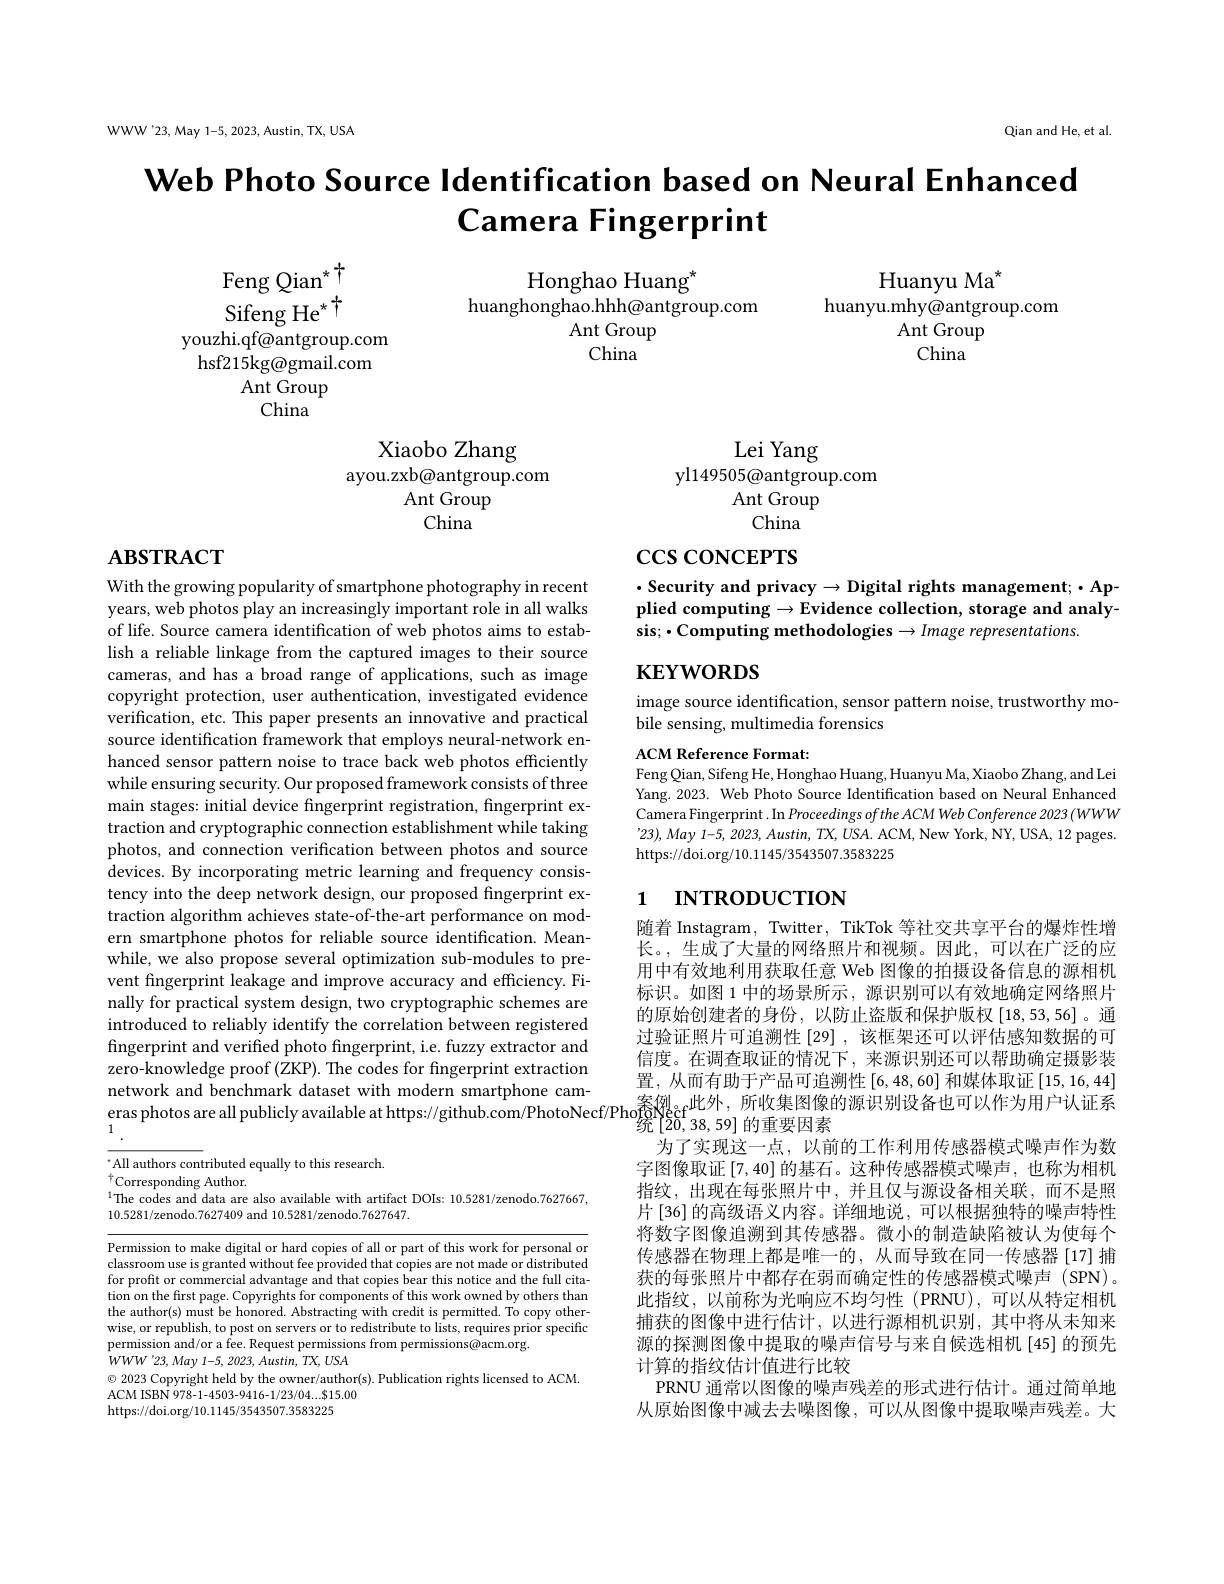
WWW'23, May 1-5, 2023, Austin, TX, USA

Qian and He, et al.

# Web Photo Source Identification based on Neural Enhanced Camera Fingerprint

Honghao Huang"
huanghonghao.hhh@antgroup.com
Ant Group
China

Huanyu Ma$^{*}$
huanyu.mhy@antgroup.com
Ant Group
China

Feng Qian$^*$ $SifengHe^{*}$
youzhi.qf@antgroup.com
hsf215kg@gmail.com
$\operatorname{Ant}$Group
China

Xiaobo Zhang
ayou.zxb@antgroup.com
Ant Group
China

Lei Yang
yl149505@antgroup.com
Ant Group
China

# $\mathbf{ABSTRACT}$

$\csc\cos$coNCEPTS

$\cdot$ Security and privacy$\to$Digital rights management$;\cdot$Applied computing$\to$Evidence collection, storage and analysis; $\bullet$Computing methodologies $\to Image$ representations.

$\mathbf{KEYWORDS}$

image source identification, sensor pattern noise, trustworthy mo-
bile sensing, multimedia forensics

ACM Reference Format
Feng Qian, Sifeng He, Honghao Huang, Huanyu Ma, Xiaobo Zhang, and Lei Yang. 2023. Web Photo Source Identification based on Neural Enhanced Camera Fingerprint. In Proceedings ofthe ACM Web Conference 2023 (WWW $’23),May$ 1-5, 2023, Austin, TX, USA. ACM, New York, NY, USA, 12 pages. https://doi.org/10.1145/3543507.3583225

With the growing popularity of smartphone photography in recent years, web photos play an increasingly important role in all walks of life. Source camera identification of web photos aims to establish a reliable linkage from the captured images to their source cameras, and has a broad range of applications, such as image copyright protection, user authentication, investigated evidence verification, etc. This paper presents an innovative and practical source identification framework that employs neural-network enhanced sensor pattern noise to trace back web photos efficiently while ensuring security. Our proposed framework consists of three main stages: initial device fingerprint registration, fingerprint extraction and cryptographic connection establishment while taking photos, and connection verification between photos and source devices. By incorporating metric learning and frequency consistency into the deep network design, our proposed fingerprint extraction algorithm achieves state-of-the-art performance on modern smartphone photos for reliable source identification. Meanwhile, we also propose several optimization sub-modules to prevent fingerprint leakage and improve accuracy and efficiency. Finally for practical system design, two cryptographic schemes are introduced to reliably identify the correlation between registered fingerprint and verified photo fingerprint, i.e. fuzzy extractor and zero-knowledge proof $({\tilde{Z}}$KP). The codes for fingerprint extraction 置 , 从 而 有 助 于 产 品 可 追 溯 性 [ 6, 48, 60] 和 媒 体 取 证 [ 5, 16, 44] network and benchmark dataset with modern smartphone cam- eras photos are all publicly available at https: / / github. com/ PhotoNecfPhos例 § ef此 外 , 所 收 集 图 像 的 源 识 别 设 备 也 可 以 作 为 用 户 认 证 系 eras photos are all publicly available at

# 1 INTRODUCTION

随着 Instagram, Twitter, TikTok 等社交共享平台的爆炸性增长。,生成了大量的网络照片和视频。因此，可以在广泛的应用中有效地利用获取任意 Web 图像的拍摄设备信息的源相机标识。如图 1 中的场景所示 , 源识别可以有效地确定网络照片的原始创建者的身份，以防止盗版和保护版权[18,53,56]。通过验证照片可追溯性[29] ,该框架还可以评估感知数据的可信度。在调查取证的情况下，来源识别还可以帮助确定摄影装
为了实现这一点，以前的工作利用传感器模式噪声作为数字图像取证[7,40]的基石。这种传感器模式噪声，也称为相机指纹，出现在每张照片中，并且仅与源设备相关联，而不是照片 [36] 的高级语义内容。详细地说，可以根据独特的噪声特性将数字图像追溯到其传感器。微小的制造缺陷被认为使每个传感器在物理上都是唯一的，从而导致在同一传感器[17]捕获的每张照片中都存在弱而确定性的传感器模式噪声(SPN)。此指纹，以前称为光响应不均匀性(PRNU),可以从特定相机捕获的图像中进行估计，以进行源相机识别，其中将从未知来源的探测图像中提取的噪声信号与来自候选相机[45]的预先计算的指纹估计值进行比较
PRNU 通常以图像的噪声残差的形式进行估计。通过简单地从原始图像中减去去噪图像，可以从图像中提取噪声残差。大

$^{*}$All authors contributed equally to this research
$^{\dagger}$Corresponding Author
$^{1}$The codes and data are also available with artifact DOIs: 10.5281/zenodo.7627667,
10.5281/zenodo.7627409 and 10.5281/zenodo.7627647.

Permission to make digital or hard copies of all or part of this work for personal or classroom use is granted without fee provided that copies are not made or distributed for profit or commercial advantage and that copies bear this notice and the full citation on the first page. Copyrights for components of this work owned by others than the author(s) must be honored. Abstracting with credit is permitted. To copy otherwise, or republish, to post on servers or to redistribute to lists, requires prior specific permission and/or a fee. Request permissions from permissions@acm.org
$WWW$ '23, May 1-5, 2023, Austin, TX, USA
$\odot$ 2023 Copyright held by the owner/author(s). Publication rights licensed to ACM.
ACM ISBN 978-1-4503-9416-1/23/04....$15.00
https://doi.org/10.1145/3543507.3583225